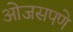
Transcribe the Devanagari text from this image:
ओजसपणे